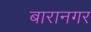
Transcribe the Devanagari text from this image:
बारानगर